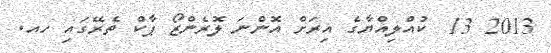
2013 13  ކުއްލިއްޔާގެ އިރަށް އޮންނަ ލޮރެންޒޯ ޕާކް ތެރޭގައި ހއ.